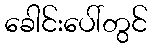
ခေါင်းပေါ်တွင်